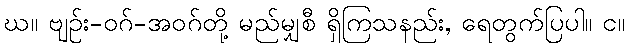
ဃ။ ဗျဉ်း-ဝဂ်-အဝဂ်တို့ မည်မျှစီ ရှိကြသနည်း, ရေတွက်ပြပါ။ င။